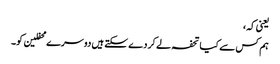
یعنی کہ،
ہم کس سے کیا تحفہ لے کر دے سکتے ہیں دوسرے محفلین کو۔